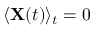
\langle \mathbf { X } ( t ) \rangle _ { t } = 0